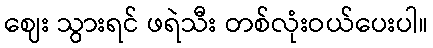
ဈေး သွားရင် ဖရဲသီး တစ်လုံးဝယ်ပေးပါ။